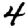
Digit: 4